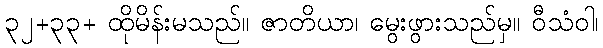
၃၂+၃၃+ ထိုမိန်းမသည်။ ဇာတိယာ၊ မွေးဖွားသည်မှ။ ဝီသံဝါ၊